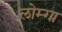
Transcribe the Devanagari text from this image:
लोम्गा